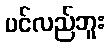
ပင်လည်ဘူး